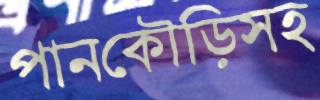
পানকৌড়িসহ